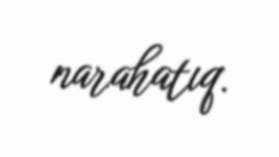
narahatıq.